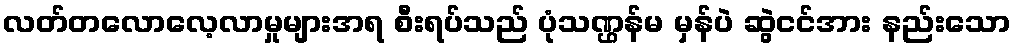
လတ်တလောလေ့လာမှုများအရ စီးရပ်သည် ပုံသဏ္ဌန်မ မှန်ပဲ ဆွဲငင်အား နည်းသော